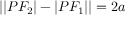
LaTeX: | | P F _ { 2 } | - | P F _ { 1 } | | = 2 a